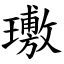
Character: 璷